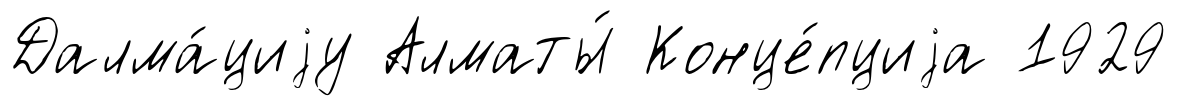
Далма́циjу Алматы́ Конце́пциjа 1929